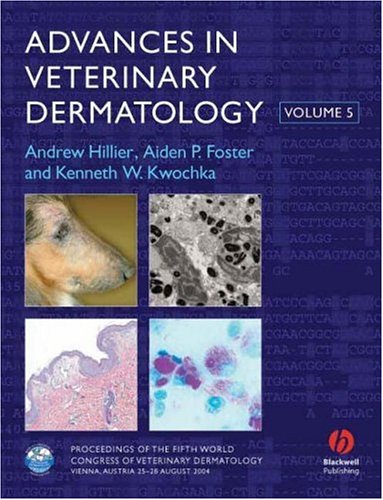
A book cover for Advances In Veterinary Dermatology: Volume 5; Medical Books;